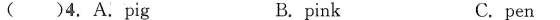
( )4, A. Pig B.pink C.pen